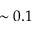
\sim 0 . 1